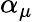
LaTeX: \alpha_{\mu}